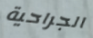
الجراحية